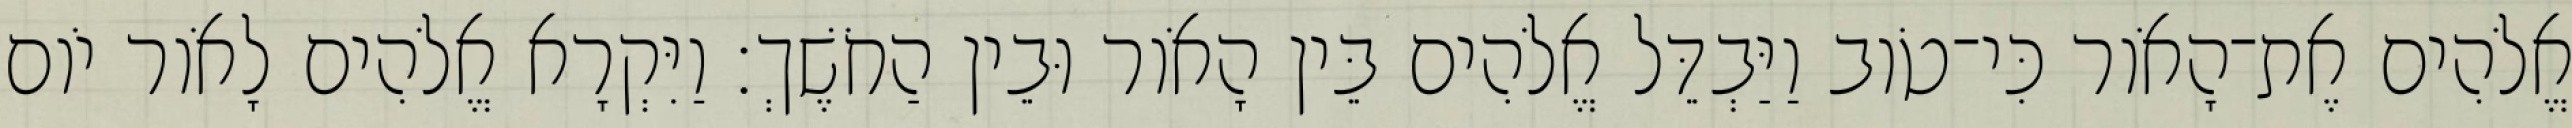
אֱלֹהִים אֶת־הָאֹור כִּי־טֹוב וַיַּבְדֵּל אֱלֹהִים בֵּין הָאֹור וּבֵין הַחֹשֶׁךְ׃ וַיִּקְרָא אֱלֹהִים לָאֹור יֹום